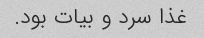
غذا سرد و بیات بود.